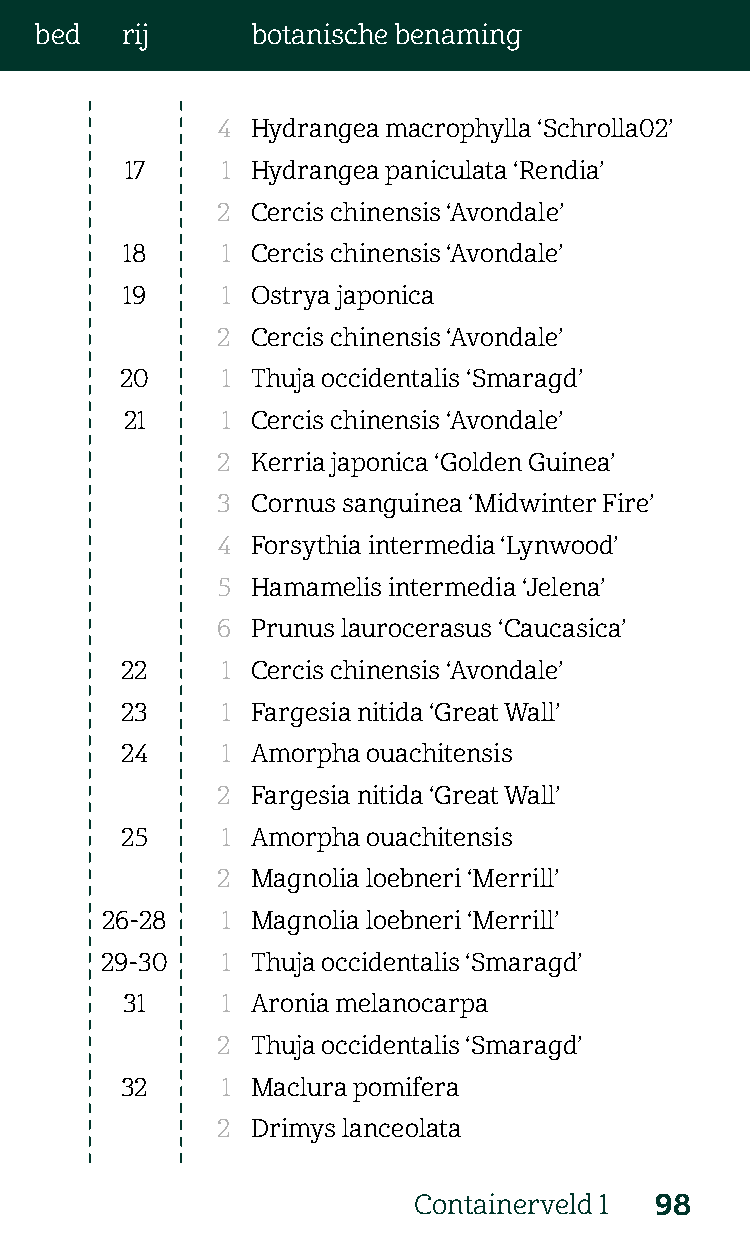
bed   rij      botanische benaming
 4  Hydrangea macrophylla ‘Schrolla02’
 17     1 Hydrangea paniculata ‘Rendia’
 2  Cercis chinensis ‘Avondale’
 18     1 Cercis chinensis ‘Avondale’
 19     1 Ostrya japonica
 2  Cercis chinensis ‘Avondale’
 20     1 Thuja occidentalis ‘Smaragd’
 21     1 Cercis chinensis ‘Avondale’
 2  Kerria japonica ‘Golden Guinea’
 3  Cornus sanguinea ‘Midwinter Fire’
 4  Forsythia intermedia ‘Lynwood’
 5  Hamamelis intermedia ‘Jelena’
 6  Prunus laurocerasus ‘Caucasica’
 22     1 Cercis chinensis ‘Avondale’
 23     1 Fargesia nitida ‘Great Wall’
 24     1 Amorpha ouachitensis
 2  Fargesia nitida ‘Great Wall’
 25     1 Amorpha ouachitensis
 2  Magnolia loebneri ‘Merrill’
 26-28   1 Magnolia loebneri ‘Merrill’
 29-30   1 Thuja occidentalis ‘Smaragd’
 31     1 Aronia melanocarpa
 2  Thuja occidentalis ‘Smaragd’
 32     1 Maclura pomifera
 2  Drimys lanceolata
 Containerveld 1 98